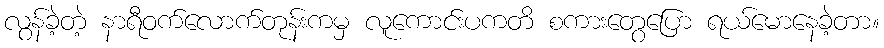
လွန်ခဲ့တဲ့ နာရီဝက်လောက်တုန်းကမှ လူကောင်းပကတိ စကားတွေပြော ရယ်မောနေခဲ့တာ။